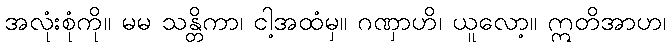
အလုံးစုံကို။ မမ သန္တိကာ၊ ငါ့အထံမှ။ ဂဏှာဟိ၊ ယူလော့။ ဣတိအာဟ၊